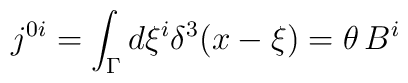
j^{0i} = \int_\Gamma d \xi^i \delta^3 (x - \xi)= \theta\,B^i